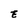
Character: E